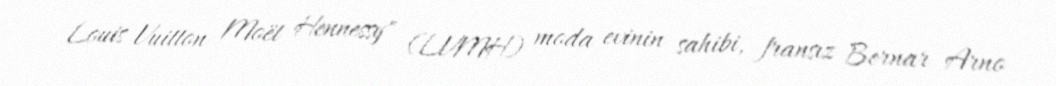
Louis Vuitton Moët Hennessy" (LVMH) moda evinin sahibi, fransız Bernar Arno